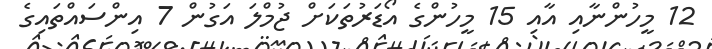
12 މީހުންނާއި އާއި 15 މީހުންގެ އޯޑަރުތަކަށް ޖުމްލަ އަގުން 7 އިންސައްތައިގެ